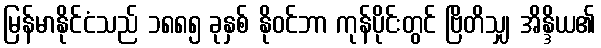
မြန်မာနိုင်ငံသည် ၁၈၈၅ ခုနှစ် နိုဝင်ဘာ ကုန်ပိုင်းတွင် ဗြိတိသျှ အိန္ဒိယ၏